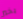
بخير